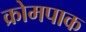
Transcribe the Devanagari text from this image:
क्रोमपाक